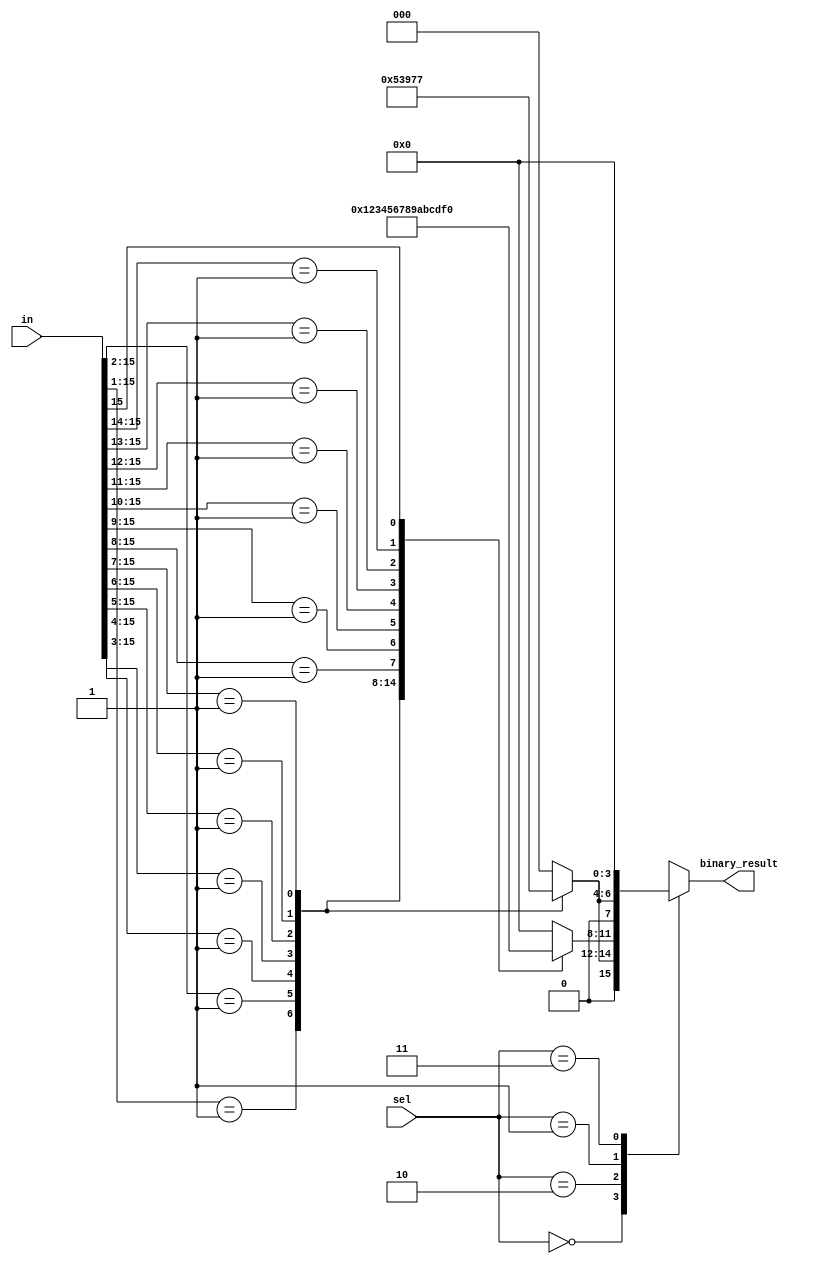
module Encoder(
  input [15:0] in, 
  input [1:0] sel,
  output reg [3:0] binary_result
  );
always @(*) begin
  case(sel)
  2'b00:begin //Octal to binary 
  binary_result[3]=0;
  casex(in) 
  16'b0000000000000001:binary_result[2:0]=3'b000;
  16'b000000000000001x:binary_result[2:0]=3'b001;
  16'b00000000000001xx:binary_result[2:0]=3'b010;
  16'b0000000000001xxx:binary_result[2:0]=3'b011;
  16'b000000000001xxxx:binary_result[2:0]=3'b100;
  16'b00000000001xxxxx:binary_result[2:0]=3'b101;
  16'b0000000001xxxxxx:binary_result[2:0]=3'b110;
  16'b000000001xxxxxxx:binary_result[2:0]=3'b111;
  default : binary_result=4'b0000;
  endcase
  end
  2'b10:begin
  casex(in) //HexaDecimal to binary
  16'b0000000000000001:binary_result=4'b0000;
  16'b000000000000001x:binary_result=4'b0001;
  16'b00000000000001xx:binary_result=4'b0010;
  16'b0000000000001xxx:binary_result=4'b0011;
  16'b000000000001xxxx:binary_result=4'b0100;
  16'b00000000001xxxxx:binary_result=4'b0101;
  16'b0000000001xxxxxx:binary_result=4'b0110;
  16'b000000001xxxxxxx:binary_result=4'b0111;
  16'b00000001xxxxxxxx:binary_result=4'b1000;
  16'b0000001xxxxxxxxx:binary_result=4'b1001;
  16'b000001xxxxxxxxxx:binary_result=4'b1010;
  16'b00001xxxxxxxxxxx:binary_result=4'b1011;
  16'b0001xxxxxxxxxxxx:binary_result=4'b1100;
  16'b001xxxxxxxxxxxxx:binary_result=4'b1101;
  16'b01xxxxxxxxxxxxxx:binary_result=4'b1110;
  16'b1xxxxxxxxxxxxxxx:binary_result=4'b1111;
  default : binary_result=4'b0000;
  endcase
  end
  2'b01: begin
  casex(in) //Decimal to binary
  16'b0000000000000001:binary_result=4'b0000;
  16'b000000000000001x:binary_result=4'b0001;
  16'b00000000000001xx:binary_result=4'b0010;
  16'b0000000000001xxx:binary_result=4'b0011;
  16'b000000000001xxxx:binary_result=4'b0100;
  16'b00000000001xxxxx:binary_result=4'b0101;
  16'b0000000001xxxxxx:binary_result=4'b0110;
  16'b000000001xxxxxxx:binary_result=4'b0111;
  16'b000000001xxxxxxx:binary_result=4'b1000;
  16'b000000001xxxxxxx:binary_result=4'b1001;
  default : binary_result=4'b0000;
  endcase
  end
  2'b11:binary_result=0;
 endcase
 end 
endmodule